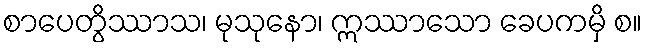
စာပေတွိဿာသ၊ မုသုနော၊ ဣဿာသော ခေပကမှိ စ။